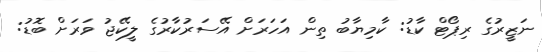
ނަޒީރުގެ ރިޕޯޓް ކާޑު: ކާމިޔާބު ތިން އަހަރަށް އޭސަރުކާރުގެ ލީކޭޖު ވަރަށް ބޮޑު: